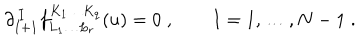
\partial _ { I + 1 } ^ { \, I } f _ { L _ { 1 } \ldots L _ { r } } ^ { K _ { 1 } \ldots K _ { q } } ( u ) = 0 \; , \qquad I = 1 , \ldots , N - 1 \; .